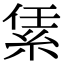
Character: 䋕